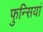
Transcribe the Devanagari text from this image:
फुन्सियां